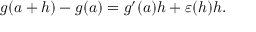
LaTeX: g ( a + h ) - g ( a ) = g ^ { \prime } ( a ) h + \varepsilon ( h ) h .